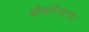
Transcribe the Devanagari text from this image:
श्रीकपिलादयः